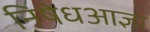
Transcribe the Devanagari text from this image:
निषेधआज्ञा